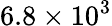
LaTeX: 6.8\times 10^{3}